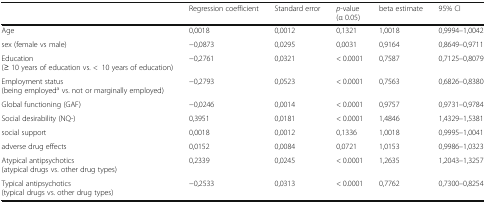
<table><thead><tr><td></td><td><b>Regression coefficient</b></td><td><b>Standard error</b></td><td><b><i>p</i>-value(α 0.05)</b></td><td><b>beta estimate</b></td><td><b>95% CI</b></td></tr></thead><tbody><tr><td>Age</td><td>0,0018</td><td>0,0012</td><td>0,1321</td><td>1,0018</td><td>0,9994–1,0042</td></tr><tr><td>sex (female vs male)</td><td>−0,0873</td><td>0,0295</td><td>0,0031</td><td>0,9164</td><td>0,8649–0,9711</td></tr><tr><td>Education (≥ 10 years of education vs. &lt;10 years of education)</td><td>−0,2761</td><td>0,0321</td><td>&lt; 0.0001</td><td>0,7587</td><td>0,7125–0,8079</td></tr><tr><td>Employment status (being employed<sup>a</sup> vs. not or marginally employed)</td><td>−0,2793</td><td>0,0523</td><td>&lt; 0.0001</td><td>0,7563</td><td>0,6826–0,8380</td></tr><tr><td>Global functioning (GAF)</td><td>−0,0246</td><td>0,0014</td><td>&lt; 0.0001</td><td>0,9757</td><td>0,9731–0,9784</td></tr><tr><td>Social desirability (NQ-)</td><td>0,3951</td><td>0,0181</td><td>&lt; 0.0001</td><td>1,4846</td><td>1,4329–1,5381</td></tr><tr><td>social support</td><td>0,0018</td><td>0,0012</td><td>0,1336</td><td>1,0018</td><td>0,9995–1,0041</td></tr><tr><td>adverse drug effects</td><td>0,0152</td><td>0,0084</td><td>0,0721</td><td>1,0153</td><td>0,9986–1,0323</td></tr><tr><td>Atypical antipsychotics (atypical drugs vs. other drug types)</td><td>0,2339</td><td>0,0245</td><td>&lt; 0.0001</td><td>1,2635</td><td>1,2043–1,3257</td></tr><tr><td>Typical antipsychotics (typical drugs vs. other drug types)</td><td>−0,2533</td><td>0,0313</td><td>&lt; 0.0001</td><td>0,7762</td><td>0,7300–0,8254</td></tr></tbody></table>